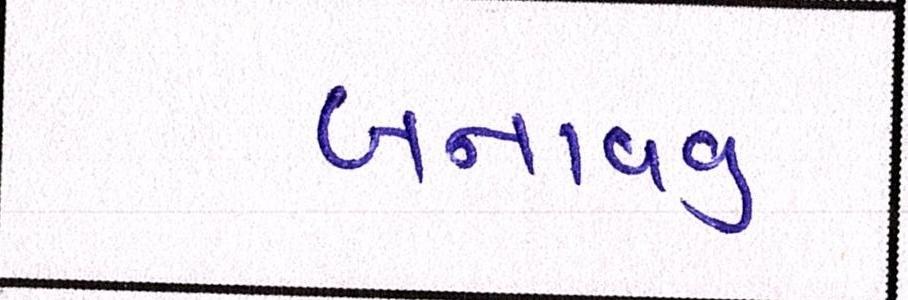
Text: બનાવવુઃ